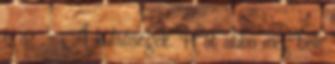
is az. - A külsőségek. Hát abba meg bele